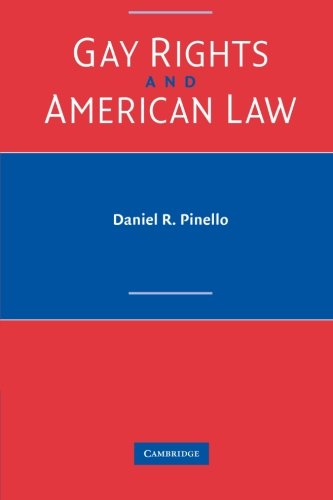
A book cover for Gay Rights and American Law; Daniel R. Pinello; Law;